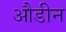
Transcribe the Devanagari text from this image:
औडीन